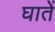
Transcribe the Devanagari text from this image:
घातें